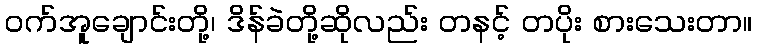
ဝက်အူချောင်းတို့၊ ဒိန်ခဲတို့ဆိုလည်း တနင့် တပိုး စားသေးတာ။